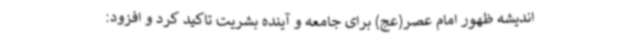
اندیشه ظهور امام عصر(عج) برای جامعه و آینده بشریت تاکید کرد و افزود: